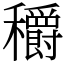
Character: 穱